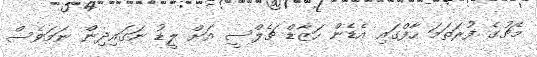
މެޗުގެ ފުރަތަމަ ހާފްގައި އެޑެން ހަޒާޑް ޗެލްސީ އަށް ލީޑު ނަަގައިދިން ނަމަވެސް